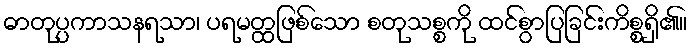
ဓာတုပ္ပကာသနရသာ၊ ပရမတ္ထဖြစ်သော စတုသစ္စကို ထင်စွာပြခြင်းကိစ္စရှိ၏။